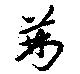
荊